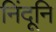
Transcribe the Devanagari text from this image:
निंदूनि